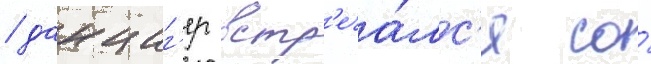
/ данциг'ер встр'еча́лс'я со́